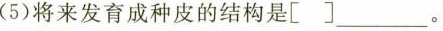
(5)将来发育成种皮的结构是[ ]___。